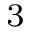
^ 3